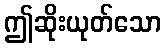
ဤဆိုးယုတ်သော